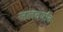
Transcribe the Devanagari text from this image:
जलवर्षाव